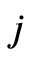
j